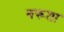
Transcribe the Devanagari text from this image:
बरूता